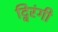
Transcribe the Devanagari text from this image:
द्विरंगी